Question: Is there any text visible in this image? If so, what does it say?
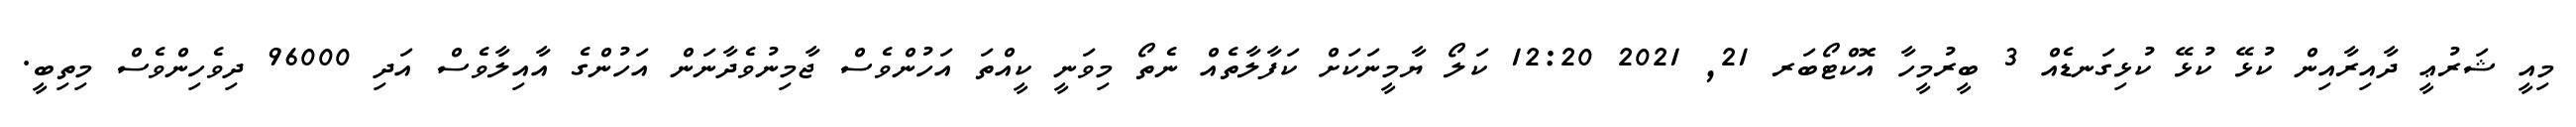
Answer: މިއީ ޝަރުޢީ ދާއިރާއިން ކުޅޭ ކުޅޭ ކުޅިގަނޑެއް 3 ބީރުމީހާ އޮކްޓޯބަރ 21, 2021 12:20 ކަލޯ ޔާމީނަކަށް ކަފާލާތެއް ނެތޯ މިވަނީ ކީއްތަ އަހުންވެސް ޖާމިނުވެދާނަން އަހުންގެ އާއިލާވެސް އަދި 96000 ދިވެހިންވެސް މިތިބީ.